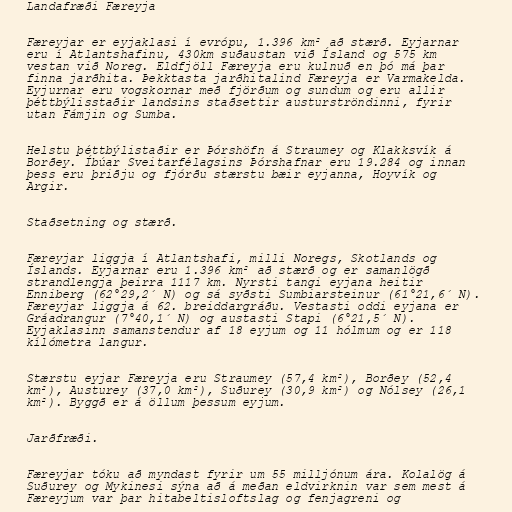
Landafræði Færeyja

Færeyjar er eyjaklasi í evrópu, 1.396 km² að stærð. Eyjarnar
eru í Atlantshafinu, 430km suðaustan við Ísland og 575 km
vestan við Noreg. Eldfjöll Færeyja eru kulnuð en þó má þar
finna jarðhita. Þekktasta jarðhitalind Færeyja er Varmakelda.
Eyjurnar eru vogskornar með fjörðum og sundum og eru allir
þéttbýlisstaðir landsins staðsettir austurströndinni, fyrir
utan Fámjin og Sumba.

Helstu þéttbýlistaðir er Þórshöfn á Straumey og Klakksvík á
Borðey. Íbúar Sveitarfélagsins Þórshafnar eru 19.284 og innan
þess eru þriðju og fjórðu stærstu bæir eyjanna, Hoyvík og
Argir.

Staðsetning og stærð.

Færeyjar liggja í Atlantshafi, milli Noregs, Skotlands og
Íslands. Eyjarnar eru 1.396 km² að stærð og er samanlögð
strandlengja þeirra 1117 km. Nyrsti tangi eyjana heitir
Enniberg (62°29,2´ N) og sá syðsti Sumbiarsteinur (61°21,6´ N).
Færeyjar liggja á 62. breiddargráðu. Vestasti oddi eyjana er
Gráadrangur (7°40,1´ N) og austasti Stapi (6°21,5´ N).
Eyjaklasinn samanstendur af 18 eyjum og 11 hólmum og er 118
kílómetra langur.

Stærstu eyjar Færeyja eru Straumey (57,4 km²), Borðey (52,4
km²), Austurey (37,0 km²), Suðurey (30,9 km²) og Nólsey (26,1
km²). Byggð er á öllum þessum eyjum.

Jarðfræði.

Færeyjar tóku að myndast fyrir um 55 milljónum ára. Kolalög á
Suðurey og Mykinesi sýna að á meðan eldvirknin var sem mest á
Færeyjum var þar hitabeltisloftslag og fenjagreni og